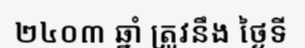
២៤០៣ ឆ្នាំ ត្រូវនឹង ថ្ងៃទី